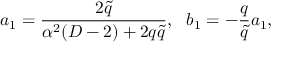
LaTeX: a _ { 1 } = \frac { 2 \tilde { q } } { \alpha ^ { 2 } ( D - 2 ) + 2 q \tilde { q } } , ~ ~ b _ { 1 } = - \frac { q } { \tilde { q } } a _ { 1 } ,